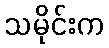
သမိုင်းက